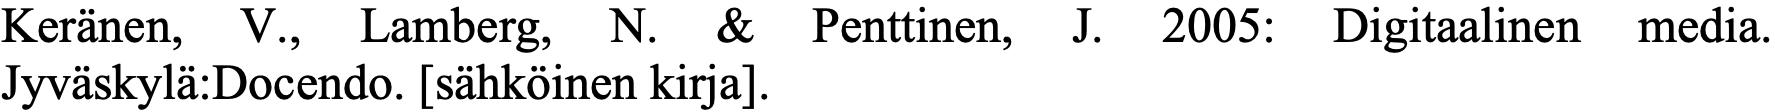
Keränen, V., Lamberg, N. & Penttinen, J. 2005: Digitaalinen media. Jyväskylä:Docendo. [sähköinen kirja].